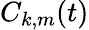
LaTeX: C_{k,m}(t)